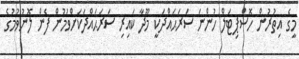
މީގެ އިތުރުން ހޮސްޕިޓަލް ހުންނަ ސަރަޙައްދަކީ މޫދާ ކައިރި ސަރަޙައްދަކަށްވުމުން ފެން ލޮނުވުމުގެ